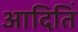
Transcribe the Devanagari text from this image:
आदितिं